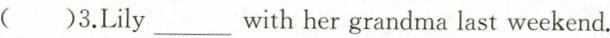
( )3.Lily ___ with her grandma last weekend.